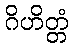
ဂိဟိတ္တံ